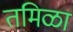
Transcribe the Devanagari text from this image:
तमिळा